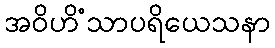
အဝိဟိံသာပရိယေသနာ